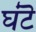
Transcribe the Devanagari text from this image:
घंटॆ